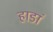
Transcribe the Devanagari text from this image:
हाडां